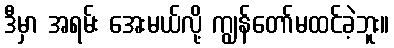
ဒီမှာ အရမ်း အေးမယ်လို့ ကျွန်တော်မထင်ခဲ့ဘူး။